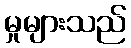
မှုများသည်